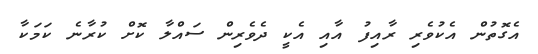
އެގޮތުން އެކުވެރި ރާއިފު އާއި އެކީ ދެވެރިން ސައްލާ ކޮށް ކުރާނެ ކަމަކާ